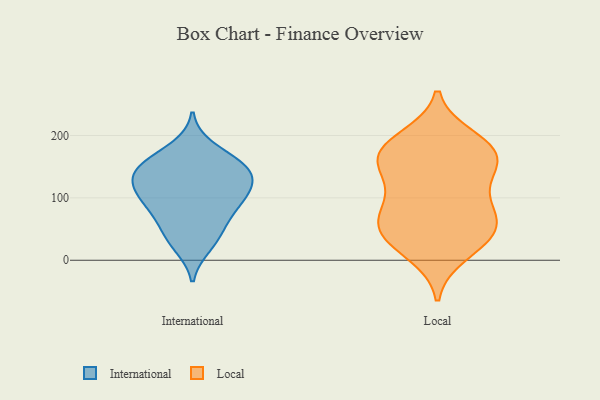
{"axis": {"x": "Budget (USD K)", "y": "Value"}, "legend": ["International", "Local"], "data": [{"x": "", "y": 88, "type": "International"}, {"x": "", "y": 22, "type": "International"}, {"x": "", "y": 116, "type": "International"}, {"x": "", "y": 62, "type": "International"}, {"x": "", "y": 144, "type": "International"}, {"x": "", "y": 104, "type": "International"}, {"x": "", "y": 144, "type": "International"}, {"x": "", "y": 133, "type": "International"}, {"x": "", "y": 148, "type": "International"}, {"x": "", "y": 181, "type": "International"}, {"x": "", "y": 52, "type": "International"}, {"x": "", "y": 105, "type": "International"}, {"x": "", "y": 31, "type": "International"}, {"x": "", "y": 83, "type": "International"}, {"x": "", "y": 150, "type": "International"}, {"x": "", "y": 162, "type": "International"}, {"x": "", "y": 114, "type": "International"}, {"x": "", "y": 195, "type": "Local"}, {"x": "", "y": 182, "type": "Local"}, {"x": "", "y": 170, "type": "Local"}, {"x": "", "y": 33, "type": "Local"}, {"x": "", "y": 125, "type": "Local"}, {"x": "", "y": 165, "type": "Local"}, {"x": "", "y": 171, "type": "Local"}, {"x": "", "y": 76, "type": "Local"}, {"x": "", "y": 55, "type": "Local"}, {"x": "", "y": 47, "type": "Local"}, {"x": "", "y": 133, "type": "Local"}, {"x": "", "y": 11, "type": "Local"}, {"x": "", "y": 86, "type": "Local"}, {"x": "", "y": 164, "type": "Local"}, {"x": "", "y": 37, "type": "Local"}, {"x": "", "y": 72, "type": "Local"}]}